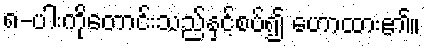
၈-ပါးကိုတောင်းသည်နှင့်စပ်၍ ဟောထား၏။